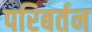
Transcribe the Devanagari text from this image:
परिबर्तन